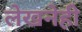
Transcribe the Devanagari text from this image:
लेखनेही